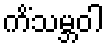
ကိံသမ္ဘဝါ